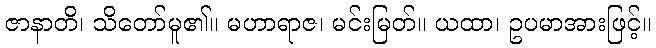
ဇာနာတိ၊ သိတော်မူ၏။ မဟာရာဇ၊ မင်းမြတ်။ ယထာ၊ ဥပမာအားဖြင့်။